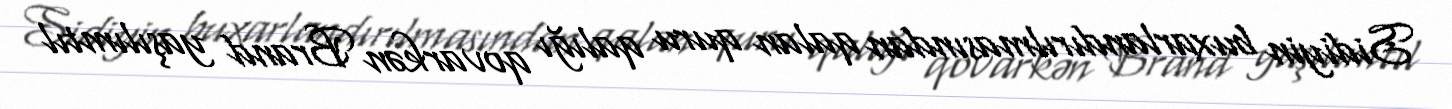
Sidiyin buxarlandırılmasından qalan quru qalığı qovarkən Brand yaşılımtıl